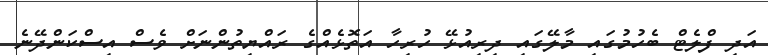
އަދި ފްލެޓް ބެހުމުގައި މާލޭގައި ދިރިއުޅޭ ހުރިހާ އަތޮޅެއްގެ ރައްޔިތުންނަށް ވެސް އިސްކަންދޭނެ